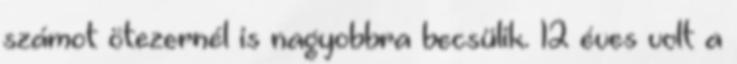
számot ötezernél is nagyobbra becsülik. 12 éves volt a